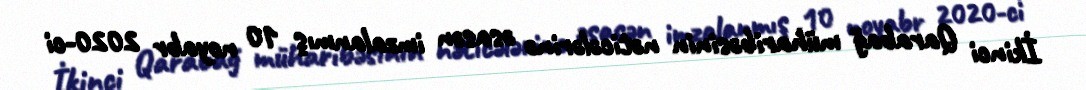
İkinci Qarabağ müharibəsinin nəticələrinə əsasən imzalanmış 10 noyabr 2020-ci